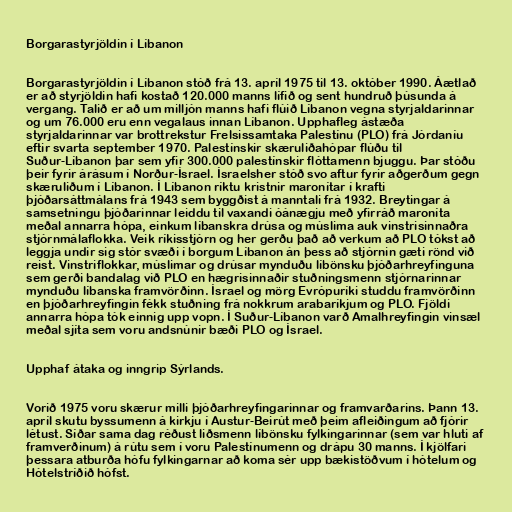
Borgarastyrjöldin í Líbanon

Borgarastyrjöldin í Líbanon stóð frá 13. apríl 1975 til 13. október 1990. Áætlað
er að styrjöldin hafi kostað 120.000 manns lífið og sent hundruð þúsunda á
vergang. Talið er að um milljón manns hafi flúið Líbanon vegna styrjaldarinnar
og um 76.000 eru enn vegalaus innan Líbanon. Upphafleg ástæða
styrjaldarinnar var brottrekstur Frelsissamtaka Palestínu (PLO) frá Jórdaníu
eftir svarta september 1970. Palestínskir skæruliðahópar flúðu til
Suður-Líbanon þar sem yfir 300.000 palestínskir flóttamenn bjuggu. Þar stóðu
þeir fyrir árásum í Norður-Ísrael. Ísraelsher stóð svo aftur fyrir aðgerðum gegn
skæruliðum í Líbanon. Í Líbanon ríktu kristnir maronítar í krafti
þjóðarsáttmálans frá 1943 sem byggðist á manntali frá 1932. Breytingar á
samsetningu þjóðarinnar leiddu til vaxandi óánægju með yfirráð maroníta
meðal annarra hópa, einkum líbanskra drúsa og múslima auk vinstrisinnaðra
stjórnmálaflokka. Veik ríkisstjórn og her gerðu það að verkum að PLO tókst að
leggja undir sig stór svæði í borgum Líbanon án þess að stjórnin gæti rönd við
reist. Vinstriflokkar, múslimar og drúsar mynduðu líbönsku þjóðarhreyfinguna
sem gerði bandalag við PLO en hægrisinnaðir stuðningsmenn stjórnarinnar
mynduðu líbanska framvörðinn. Ísrael og mörg Evrópuríki studdu framvörðinn
en þjóðarhreyfingin fékk stuðning frá nokkrum arabaríkjum og PLO. Fjöldi
annarra hópa tók einnig upp vopn. Í Suður-Líbanon varð Amalhreyfingin vinsæl
meðal sjíta sem voru andsnúnir bæði PLO og Ísrael.

Upphaf átaka og inngrip Sýrlands.

Vorið 1975 voru skærur milli þjóðarhreyfingarinnar og framvarðarins. Þann 13.
apríl skutu byssumenn á kirkju í Austur-Beirút með þeim afleiðingum að fjórir
létust. Síðar sama dag réðust liðsmenn líbönsku fylkingarinnar (sem var hluti af
framverðinum) á rútu sem í voru Palestínumenn og drápu 30 manns. Í kjölfari
þessara atburða hófu fylkingarnar að koma sér upp bækistöðvum í hótelum og
Hótelstríðið hófst.